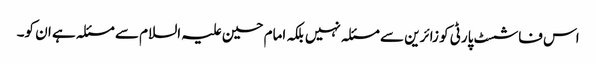
اس فاشسٹ پارٹی کو زائرین سے مسئلہ نہیں بلکہ امام حسین علیہ السلام سے مسئلہ ہے ان کو۔